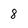
Character: 8